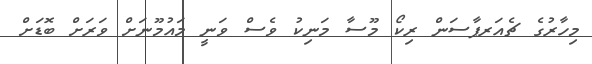
މިހާރުގެ ޗެއަރޕާސަން ރިކޯ މޫސާ މަނިކު ވެސް ވަނީ މައުމޫނަށް ވަރަށް ބޮޑަށް